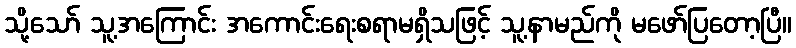
သို့သော် သူ့အကြောင်း အကောင်းရေးစရာမရှိသဖြင့် သူ့နာမည်ကို မဖော်ပြတော့ပြီ။